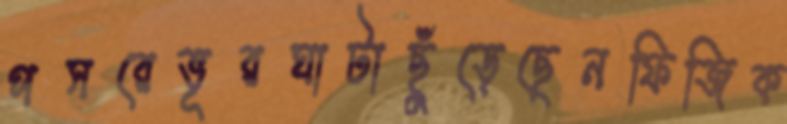
পসরেভূরঘাটাছুঁড়েছেনফিজিক